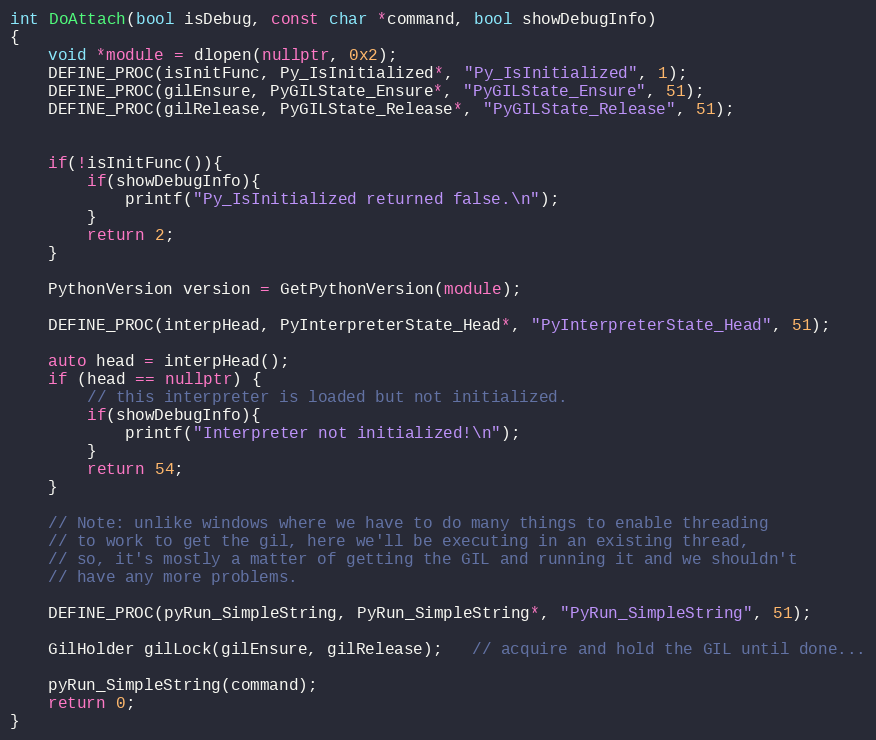
Language: C++
int DoAttach(bool isDebug, const char *command, bool showDebugInfo)
{
    void *module = dlopen(nullptr, 0x2);
    DEFINE_PROC(isInitFunc, Py_IsInitialized*, "Py_IsInitialized", 1);
    DEFINE_PROC(gilEnsure, PyGILState_Ensure*, "PyGILState_Ensure", 51);
    DEFINE_PROC(gilRelease, PyGILState_Release*, "PyGILState_Release", 51);

    if(!isInitFunc()){
        if(showDebugInfo){
            printf("Py_IsInitialized returned false.\n");
        }
        return 2;
    }

    PythonVersion version = GetPythonVersion(module);

    DEFINE_PROC(interpHead, PyInterpreterState_Head*, "PyInterpreterState_Head", 51);

    auto head = interpHead();
    if (head == nullptr) {
        // this interpreter is loaded but not initialized.
        if(showDebugInfo){
            printf("Interpreter not initialized!\n");
        }
        return 54;
    }

    // Note: unlike windows where we have to do many things to enable threading
    // to work to get the gil, here we'll be executing in an existing thread,
    // so, it's mostly a matter of getting the GIL and running it and we shouldn't
    // have any more problems.

    DEFINE_PROC(pyRun_SimpleString, PyRun_SimpleString*, "PyRun_SimpleString", 51);

    GilHolder gilLock(gilEnsure, gilRelease);   // acquire and hold the GIL until done...

    pyRun_SimpleString(command);
    return 0;
}